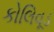
કોલિવૂડ